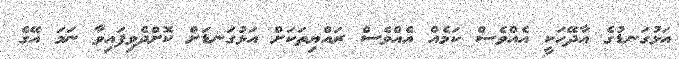
އަޅުގަނޑުގެ އާދޭހަކީ އެއްވެސް ކަމެއް އެއްވެސް ރައްޔިތަކަށް އަޅުގަނޑަށް ކޮށްދެވިފައިވާ ނަމަ އޭގެ